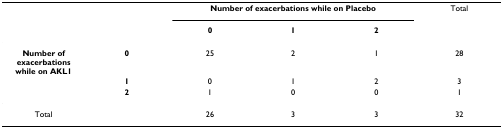
<table><thead><tr><td></td><td></td><td colspan="3"><b>Number of exacerbations while on Placebo</b></td><td><b>Total</b></td></tr><tr><td></td><td></td><td><b>0</b></td><td><b>1</b></td><td><b>2</b></td><td></td></tr></thead><tbody><tr><td><b>Number of exacerbations while on AKL1</b></td><td><b>0</b></td><td>25</td><td>2</td><td>1</td><td>28</td></tr><tr><td></td><td><b>1</b></td><td>0</td><td>1</td><td>2</td><td>3</td></tr><tr><td></td><td><b>2</b></td><td>1</td><td>0</td><td>0</td><td>1</td></tr><tr><td>Total</td><td></td><td>26</td><td>3</td><td>3</td><td>32</td></tr></tbody></table>